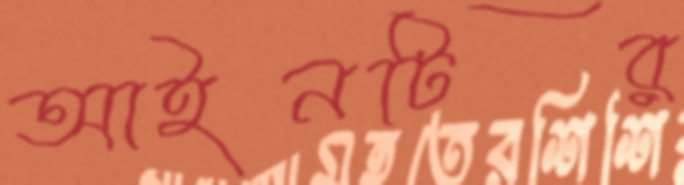
আইনটির